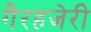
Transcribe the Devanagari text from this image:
गैरहजेरी